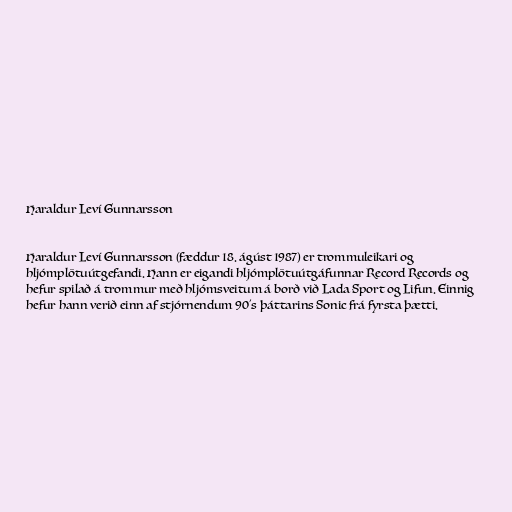
Haraldur Leví Gunnarsson

Haraldur Leví Gunnarsson (fæddur 18. ágúst 1987) er trommuleikari og
hljómplötuútgefandi. Hann er eigandi hljómplötuútgáfunnar Record Records og
hefur spilað á trommur með hljómsveitum á borð við Lada Sport og Lifun. Einnig
hefur hann verið einn af stjórnendum 90's þáttarins Sonic frá fyrsta þætti.